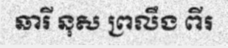
ឆារី នុស ព្រលឹង ពីរ